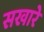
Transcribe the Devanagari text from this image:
सखारे